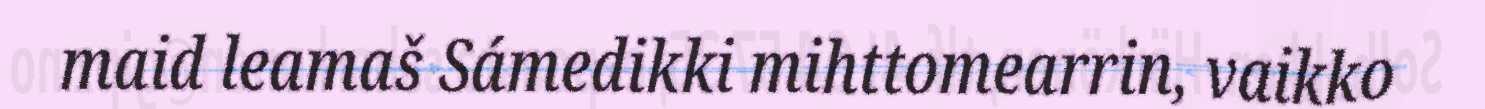
maid leamaš Sámedikki mihttomearrin, vaikko